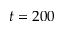
t = 2 0 0